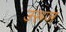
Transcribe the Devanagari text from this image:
उरूज